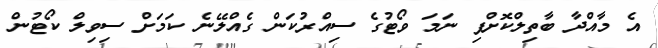
އެ މާއްދާ ބާތިލްކޮށްފި ނަމަ ވޯޓުގެ ސިއްރުކަން ގެއްލޭނެ ކަމަށް ސިވިލް ކޯޓުން